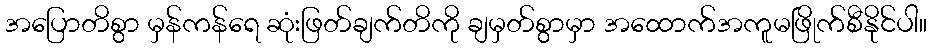
အပြောတိစွာ မှန်ကန်ရေ ဆုံးဖြတ်ချက်တိကို ချမှတ်စွာမှာ အထောက်အကူမဖြိုက်စီနိုင်ပါ။